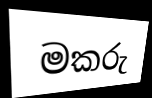
මකරු